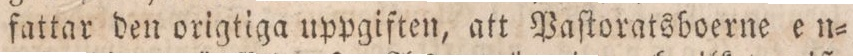
fattar den origtiga uppgiften, att Paſtoratsboerne en=